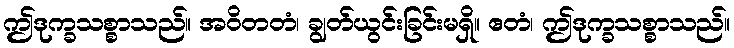
ဤဒုက္ခသစ္စာသည်။ အဝိတတံ၊ ချွတ်ယွင်းခြင်းမရှိ။ ဧတံ၊ ဤဒုက္ခသစ္စာသည်။